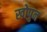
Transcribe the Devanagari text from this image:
खोपुन